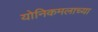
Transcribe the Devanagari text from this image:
योनिकमलाच्या